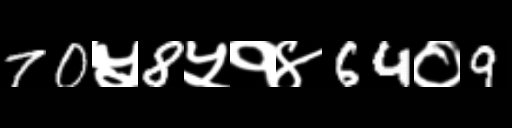
Text: 70५8५१४64०9